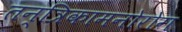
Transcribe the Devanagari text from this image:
तन्त्रिकामनोरोग